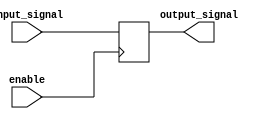
module buffer (
    input wire enable,
    input wire input_signal,
    output reg output_signal
);

always @ (posedge enable)
begin
    output_signal <= input_signal;
end

endmodule